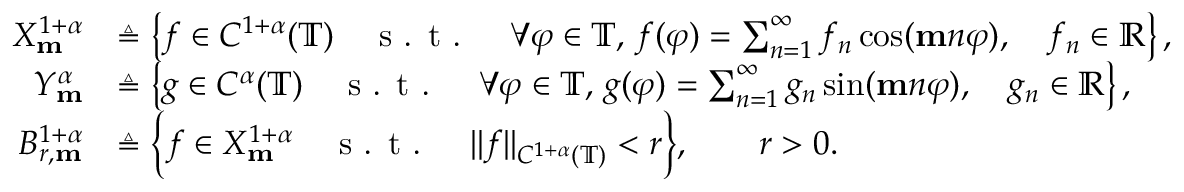
\begin{array} { r l } { X _ { \mathbf { m } } ^ { 1 + \alpha } } & { \triangleq \left\lbrace f \in C ^ { 1 + \alpha } ( \mathbb { T } ) \quad \textnormal { s . t . } \quad \forall \varphi \in \mathbb { T } , \, f ( \varphi ) = \sum _ { n = 1 } ^ { \infty } f _ { n } \cos ( \mathbf { m } n \varphi ) , \quad f _ { n } \in \mathbb { R } \right\rbrace , } \\ { Y _ { \mathbf { m } } ^ { \alpha } } & { \triangleq \left\lbrace g \in C ^ { \alpha } ( \mathbb { T } ) \quad \textnormal { s . t . } \quad \forall \varphi \in \mathbb { T } , \, g ( \varphi ) = \sum _ { n = 1 } ^ { \infty } g _ { n } \sin ( \mathbf { m } n \varphi ) , \quad g _ { n } \in \mathbb { R } \right\rbrace , } \\ { B _ { r , \mathbf { m } } ^ { 1 + \alpha } } & { \triangleq \Big \{ f \in X _ { \mathbf { m } } ^ { 1 + \alpha } \quad \textnormal { s . t . } \quad \| f \| _ { C ^ { 1 + \alpha } ( \mathbb { T } ) } < r \Big \} , \qquad r > 0 . } \end{array}